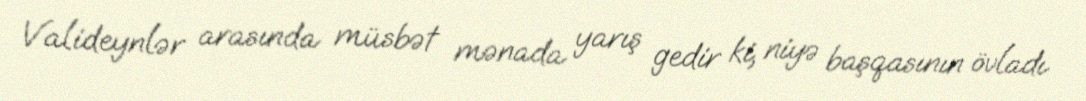
Valideynlər arasında müsbət mənada yarış gedir ki, niyə başqasının övladı